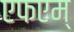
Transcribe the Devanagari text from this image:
एफएम्